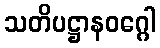
သတိပဋ္ဌာနဝဂ္ဂေါ